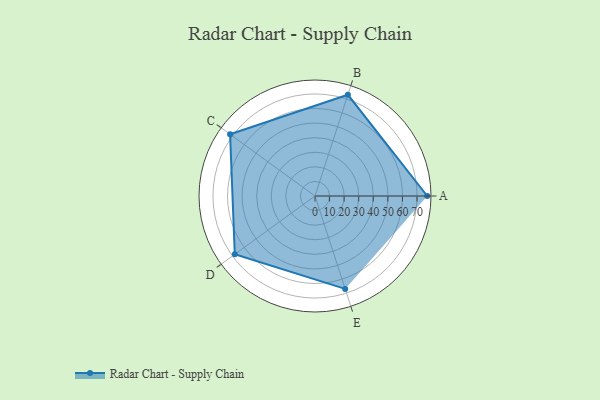
{"axis": {"x": "Skill", "y": "Score"}, "legend": ["Profile"], "data": [{"x": "A", "y": 77.0, "type": "Profile"}, {"x": "B", "y": 73.0, "type": "Profile"}, {"x": "C", "y": 72.0, "type": "Profile"}, {"x": "D", "y": 68.0, "type": "Profile"}, {"x": "E", "y": 67.0, "type": "Profile"}]}